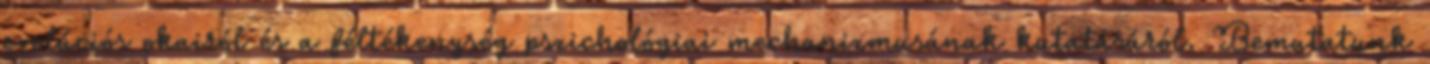
evolúciós okairól és a féltékenység pszichológiai mechanizmusának kutatásáról. Bemutatunk